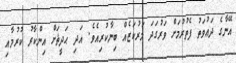
އޭނާގެ ދަޢުވަތު ފެތުރުމަށް ވަރުގަދަ މަރުކަޒެއް ބިނާކުރިއެވެ. އަދި ޙަދީޘަށް އިންކާރު ކުރުމާއި